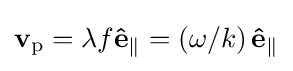
\mathbf {v} _{\mathrm {p} }=\lambda f\mathbf {\hat {e}} _{\parallel }=\left(\omega /k\right)\mathbf {\hat {e}} _{\parallel }\,\!